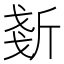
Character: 𣂧